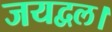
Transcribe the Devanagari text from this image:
जयद्वल।